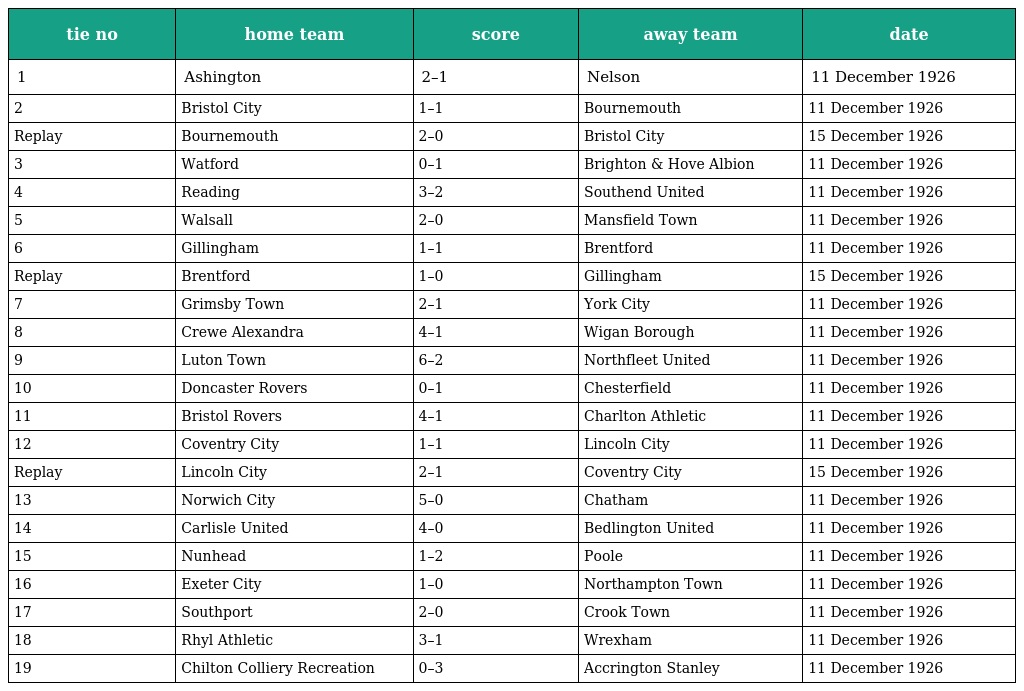
| tie no | home team | score | away team | date |
 | --- | --- | --- | --- | --- |
 | 1 | Ashington | 2–1 | Nelson | 11 December 1926 |
 | 2 | Bristol City | 1–1 | Bournemouth | 11 December 1926 |
 | Replay | Bournemouth | 2–0 | Bristol City | 15 December 1926 |
 | 3 | Watford | 0–1 | Brighton & Hove Albion | 11 December 1926 |
 | 4 | Reading | 3–2 | Southend United | 11 December 1926 |
 | 5 | Walsall | 2–0 | Mansfield Town | 11 December 1926 |
 | 6 | Gillingham | 1–1 | Brentford | 11 December 1926 |
 | Replay | Brentford | 1–0 | Gillingham | 15 December 1926 |
 | 7 | Grimsby Town | 2–1 | York City | 11 December 1926 |
 | 8 | Crewe Alexandra | 4–1 | Wigan Borough | 11 December 1926 |
 | 9 | Luton Town | 6–2 | Northfleet United | 11 December 1926 |
 | 10 | Doncaster Rovers | 0–1 | Chesterfield | 11 December 1926 |
 | 11 | Bristol Rovers | 4–1 | Charlton Athletic | 11 December 1926 |
 | 12 | Coventry City | 1–1 | Lincoln City | 11 December 1926 |
 | Replay | Lincoln City | 2–1 | Coventry City | 15 December 1926 |
 | 13 | Norwich City | 5–0 | Chatham | 11 December 1926 |
 | 14 | Carlisle United | 4–0 | Bedlington United | 11 December 1926 |
 | 15 | Nunhead | 1–2 | Poole | 11 December 1926 |
 | 16 | Exeter City | 1–0 | Northampton Town | 11 December 1926 |
 | 17 | Southport | 2–0 | Crook Town | 11 December 1926 |
 | 18 | Rhyl Athletic | 3–1 | Wrexham | 11 December 1926 |
 | 19 | Chilton Colliery Recreation | 0–3 | Accrington Stanley | 11 December 1926 |